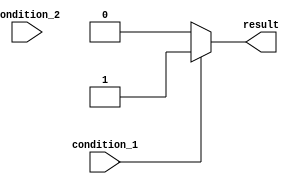
module if_else_example (
    input wire condition_1,
    input wire condition_2,
    output reg result
);

always @* begin
    if (condition_1) begin
        result = 1;
    end
    else if (condition_2) begin
        result = 2;
    end
    else begin
        result = 0;
    end
end

endmodule